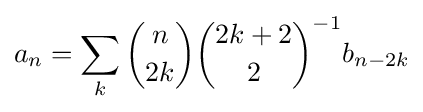
a_{n}=\sum _{k}{\binom {n}{2k}}{\binom {2k+2}{2}}^{-1}b_{n-2k}